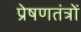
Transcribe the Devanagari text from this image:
प्रेषणतंत्रों